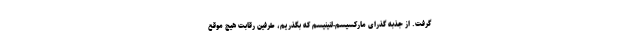
گرفت. از جذبه گذرای مارکسیسم-لنینیسم که بگذریم، طرفین رقابت هیچ موقع